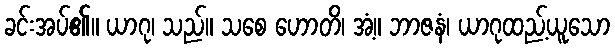
ခင်းအပ်၏။ ယာဂု၊ သည်။ သစေ ဟောတိ၊ အံ့။ ဘာဇနံ၊ ယာဂုထည့်ယူသော